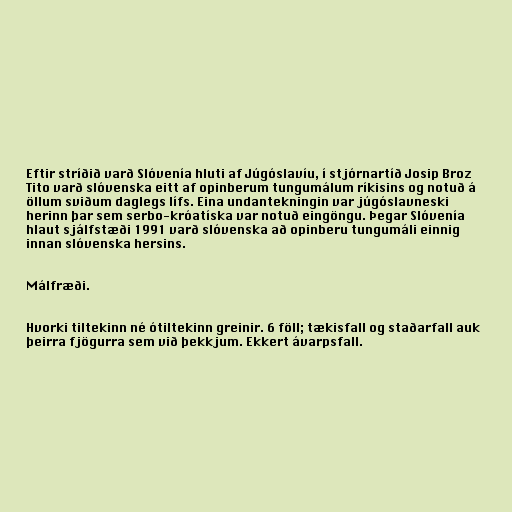
Eftir stríðið varð Slóvenía hluti af Júgóslavíu, í stjórnartíð Josip Broz
Tito varð slóvenska eitt af opinberum tungumálum ríkisins og notuð á
öllum sviðum daglegs lífs. Eina undantekningin var júgóslavneski
herinn þar sem serbo-króatíska var notuð eingöngu. Þegar Slóvenía
hlaut sjálfstæði 1991 varð slóvenska að opinberu tungumáli einnig
innan slóvenska hersins.

Málfræði.

Hvorki tiltekinn né ótiltekinn greinir. 6 föll; tækisfall og staðarfall auk
þeirra fjögurra sem við þekkjum. Ekkert ávarpsfall.